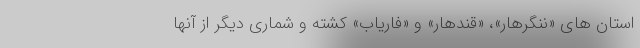
استان های «ننگرهار»، «قندهار» و «فاریاب» کشته و شماری دیگر از آنها